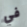
في